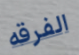
الفرقه